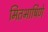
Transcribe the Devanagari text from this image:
मितभाषिणे